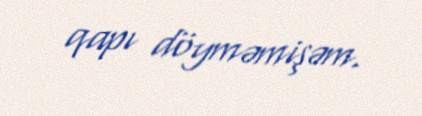
qapı döyməmişəm.